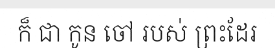
ក៏ ជា កូន ចៅ របស់ ព្រះដែរ